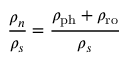
\frac { \rho _ { n } } { \rho _ { s } } = \frac { \rho _ { \mathrm { p h } } + \rho _ { \mathrm { r o } } } { \rho _ { s } }